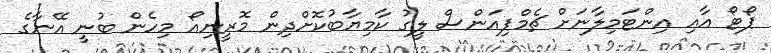
ޕޯޓޯ އާއި އިންޓަމިލާނަށް ޗެމްޕިއަންސް ލީގު ކާމިޔާބުކޮށްދިން މޮރީނިއޯ މިހެން ބުނީ އޭނާގެ